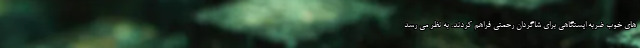
های خوب ضربه ایستگاهی برای شاگردان رحمتی فراهم کردند. به نظر می رسد